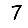
Digit: 7